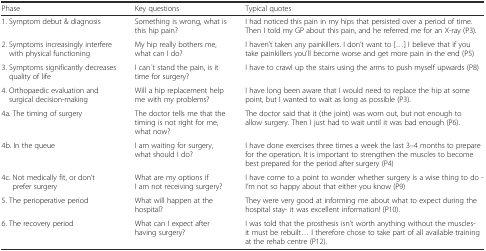
<table><thead><tr><td><b>Phase</b></td><td><b>Key questions</b></td><td><b>Typical quotes</b></td></tr></thead><tbody><tr><td>1. Symptom debut &amp; diagnosis</td><td>Something is wrong, what is this hip pain?</td><td>I had noticed this pain in my hips that persisted over a period of time. Then I told my GP about this pain, and he referred me for an X-ray (P3).</td></tr><tr><td>2. Symptoms increasingly interfere with physical functioning</td><td>My hip really bothers me, what can I do?</td><td>I haven’t taken any painkillers. I don’t want to [...] I believe that if you take painkillers you’ll become worse and get more pain in the end (P5)</td></tr><tr><td>3. Symptoms significantly decreases quality of life</td><td>I can ́t stand the pain, is it time for surgery?</td><td>I have to crawl up the stairs using the arms to push myself upwards (P8)</td></tr><tr><td>4. Orthopaedic evaluation and surgical decision-making</td><td>Will a hip replacement help me with my problems?</td><td>I have long been aware that I would need to replace the hip at some point, but I wanted to wait as long as possible (P3).</td></tr><tr><td>4a. The timing of surgery</td><td>The doctor tells me that the timing is not right for me, what now?</td><td>The doctor said that it (the joint) was worn out, but not enough to allow surgery. Then I just had to wait until it was bad enough (P6).</td></tr><tr><td>4b. In the queue</td><td>I am waiting for surgery, what should I do?</td><td>I have done exercises three times a week the last 3–4 months to prepare for the operation. It is important to strengthen the muscles to become best prepared for the period after surgery (P4)</td></tr><tr><td>4c. Not medically fit, or don’t prefer surgery</td><td>What are my options if I am not receiving surgery?</td><td>I have come to a point to wonder whether surgery is a wise thing to do - I’m not so happy about that either you know (P9)</td></tr><tr><td>5. The perioperative period</td><td>What will happen at the hospital?</td><td>They were very good at informing me about what to expect during the hospital stay- it was excellent information! (P10).</td></tr><tr><td>6. The recovery period</td><td>What can I expect after having surgery?</td><td>I was told that the prosthesis isn’t worth anything without the muscles- it must be rebuilt... I therefore chose to take part of all available training at the rehab centre (P12).</td></tr></tbody></table>